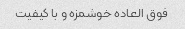
فوق العاده خوشمزه و با کیفیت